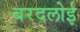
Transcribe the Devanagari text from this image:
बरदलोई